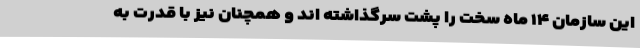
این سازمان ۱۴ ماه سخت را پشت سرگذاشته اند و همچنان نیز با قدرت به